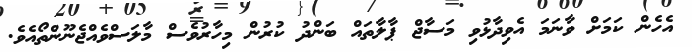
އެހެން ކަމަށް ވާނަމަ އެވިދާޅުވި މަސާޖް ޕާލާތައް ބަންދު ކުރުން މިހާރުވެސް މާލަސްވެއްޖެނޫންތޯއެވެ.